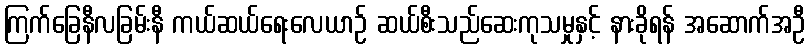
ကြက်ခြေနီလခြမ်းနီ ကယ်ဆယ်ရေးလေယာဉ် ဆယ်စီးသည်ဆေးကုသမှုနှင့် နားခိုရန် အဆောက်အဦ